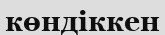
көндіккен